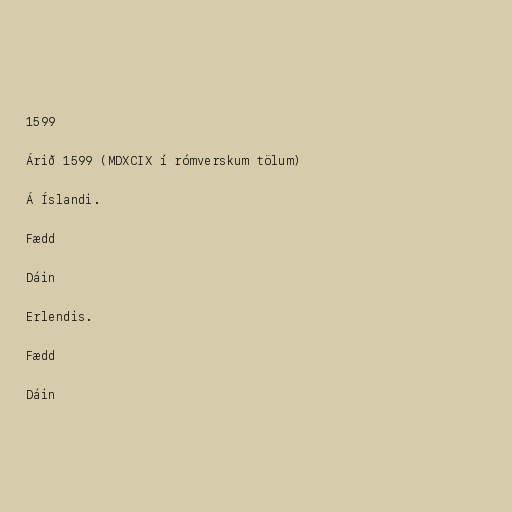
1599

Árið 1599 (MDXCIX í rómverskum tölum)

Á Íslandi.

Fædd

Dáin

Erlendis.

Fædd

Dáin